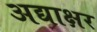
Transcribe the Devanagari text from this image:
अद्याक्षर